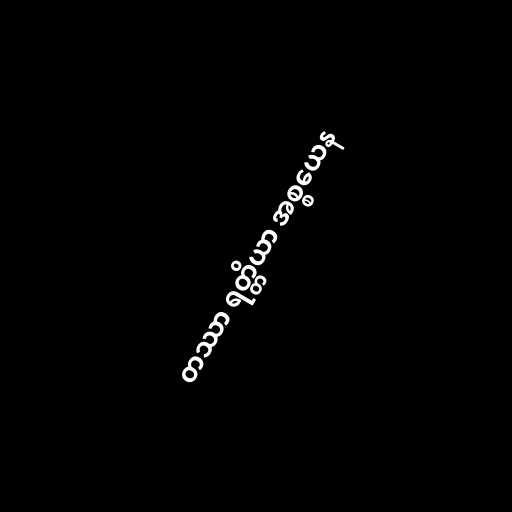
တဿာ ရတ္တိယာ အစ္စယေန